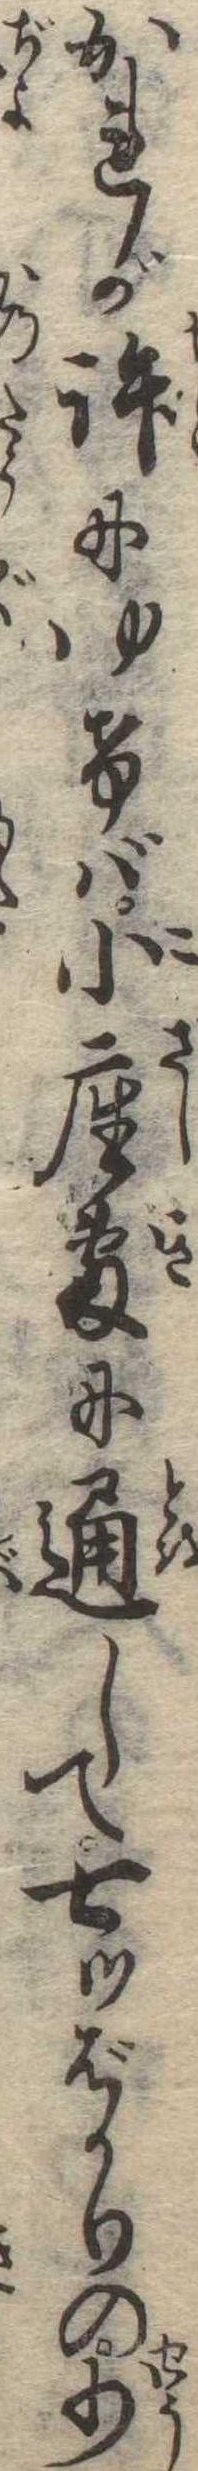
かれが許にゆけば小座敷に通して七ツばかりの少